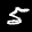
Label: 5